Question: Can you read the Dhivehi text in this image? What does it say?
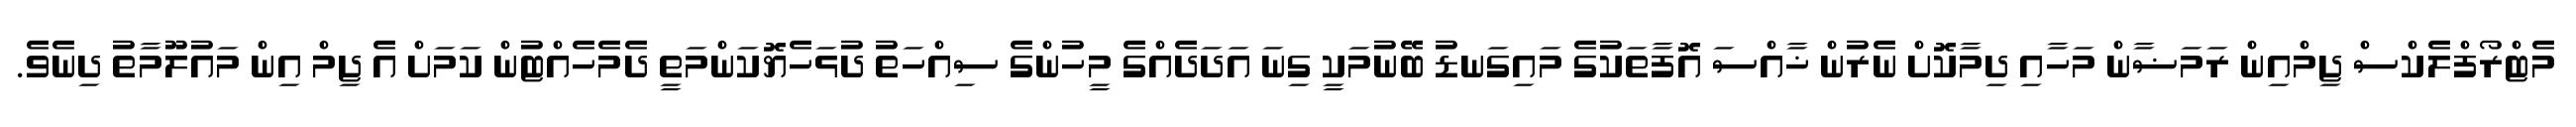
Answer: މެޓްރޯފްލެކްސް ޖިމްއިން ރަމަޟާން މަހާއި ދިމާކޮށް ނެރުން ޚާއްސަ އޮފާތަކުގެ މައިގަނޑު ބޭނުމަކީ ގިނަ އަދަދެއްގެ މީހުންގެ ސިއްހަތު ދުޅަހެޔޮކަންމަތީ ދެމެހެއްޓުން ކަމަށް އެ ޖިމް އިން މައުލޫމާތު ދިނެވެ.